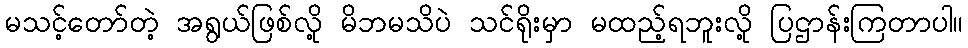
မသင့်တော်တဲ့ အရွယ်ဖြစ်လို့ မိဘမသိပဲ သင်ရိုးမှာ မထည့်ရဘူးလို့ ပြဌာန်းကြတာပါ။